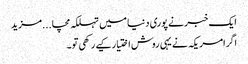
ایک خبر نے پوری دنیا میں تہلکہ مچا...مزید
اگرامریکہ نے یہی روش اختیار کیے رکھی تو۔